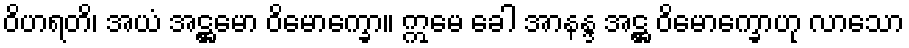
ဝိဟရတိ၊ အယံ အဋ္ဌမော ဝိမောက္ခော။ ဣမေ ခေါ အာနန္ဒ အဋ္ဌ ဝိမောက္ခောဟု လာသော